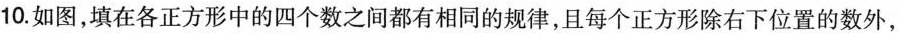
10.如图，填在各正方形中的四个数之间都有相同的规律，且每个正方形除右下位置的数外，